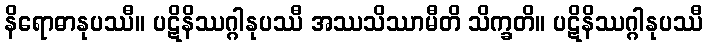
နိရောဓာနုပဿီ။ ပဋိနိဿဂ္ဂါနုပဿီ အဿသိဿာမီတိ သိက္ခတိ။ ပဋိနိဿဂ္ဂါနုပဿီ